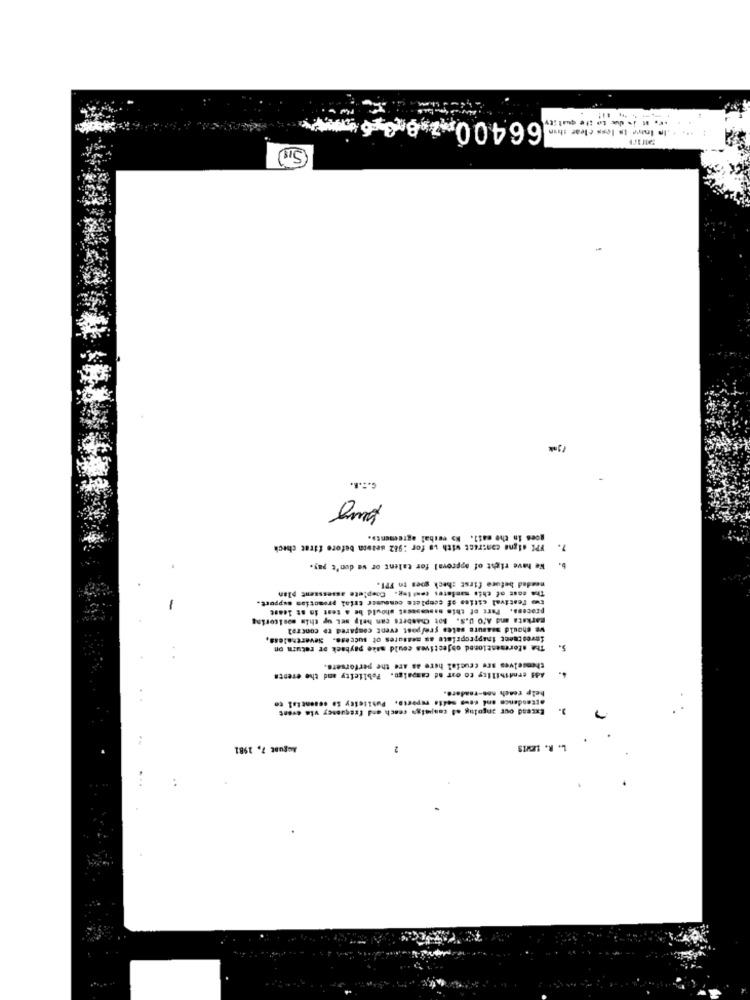
66400m2.8,3 6 **
-. st is due to the quality
------
.. .. Im Inte Is less clear thin
C ... R.
goes in the mail. No verbal agreement».
FPI digne contract with vs for :982 season before firat check
7.
We have right of approval for talent or we don't pay.
meadad before first check goes to FPI.
The cost of chis mandates cetteg. Complete assesssent plan
process. Part of this nascessest should be a test in at least
two festival cities of complete comsumer trial promotion support.
markets and AfO U.S. Bot Chambers can help set up this monitoring
we should measure sales pre/post event compared to control
investment inappropriate as measures of success. Sieverenaless,
Tha sformestioned objectives could make payback or return on
themselves are crucial here as are the perforsets.
Adi credibility to our ad campaign. Poblicity and the events
help reach non-readere.
attendence and nous media ruperto. Publicity So essential to
Extend our angoing ad campaign reach and frequency vis event
3.
August 7, 1981
L. R. LEMNIS